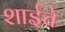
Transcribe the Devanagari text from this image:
शाईचे